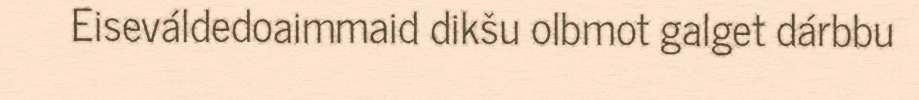
Eiseváldedoaimmaid dikšu olbmot galget dárbbu